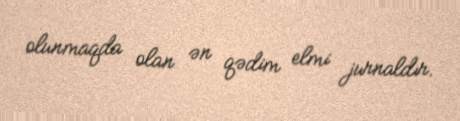
olunmaqda olan ən qədim elmi jurnaldır.